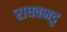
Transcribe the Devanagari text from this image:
राघवभट्ट